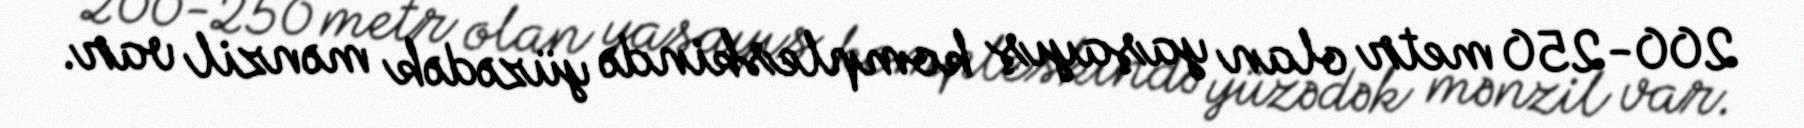
200-250 metr olan yaşayış kompleskində yüzədək mənzil var.